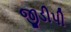
જીડીપી